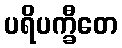
ပရိပက္ခီတေ